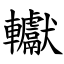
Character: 䡾